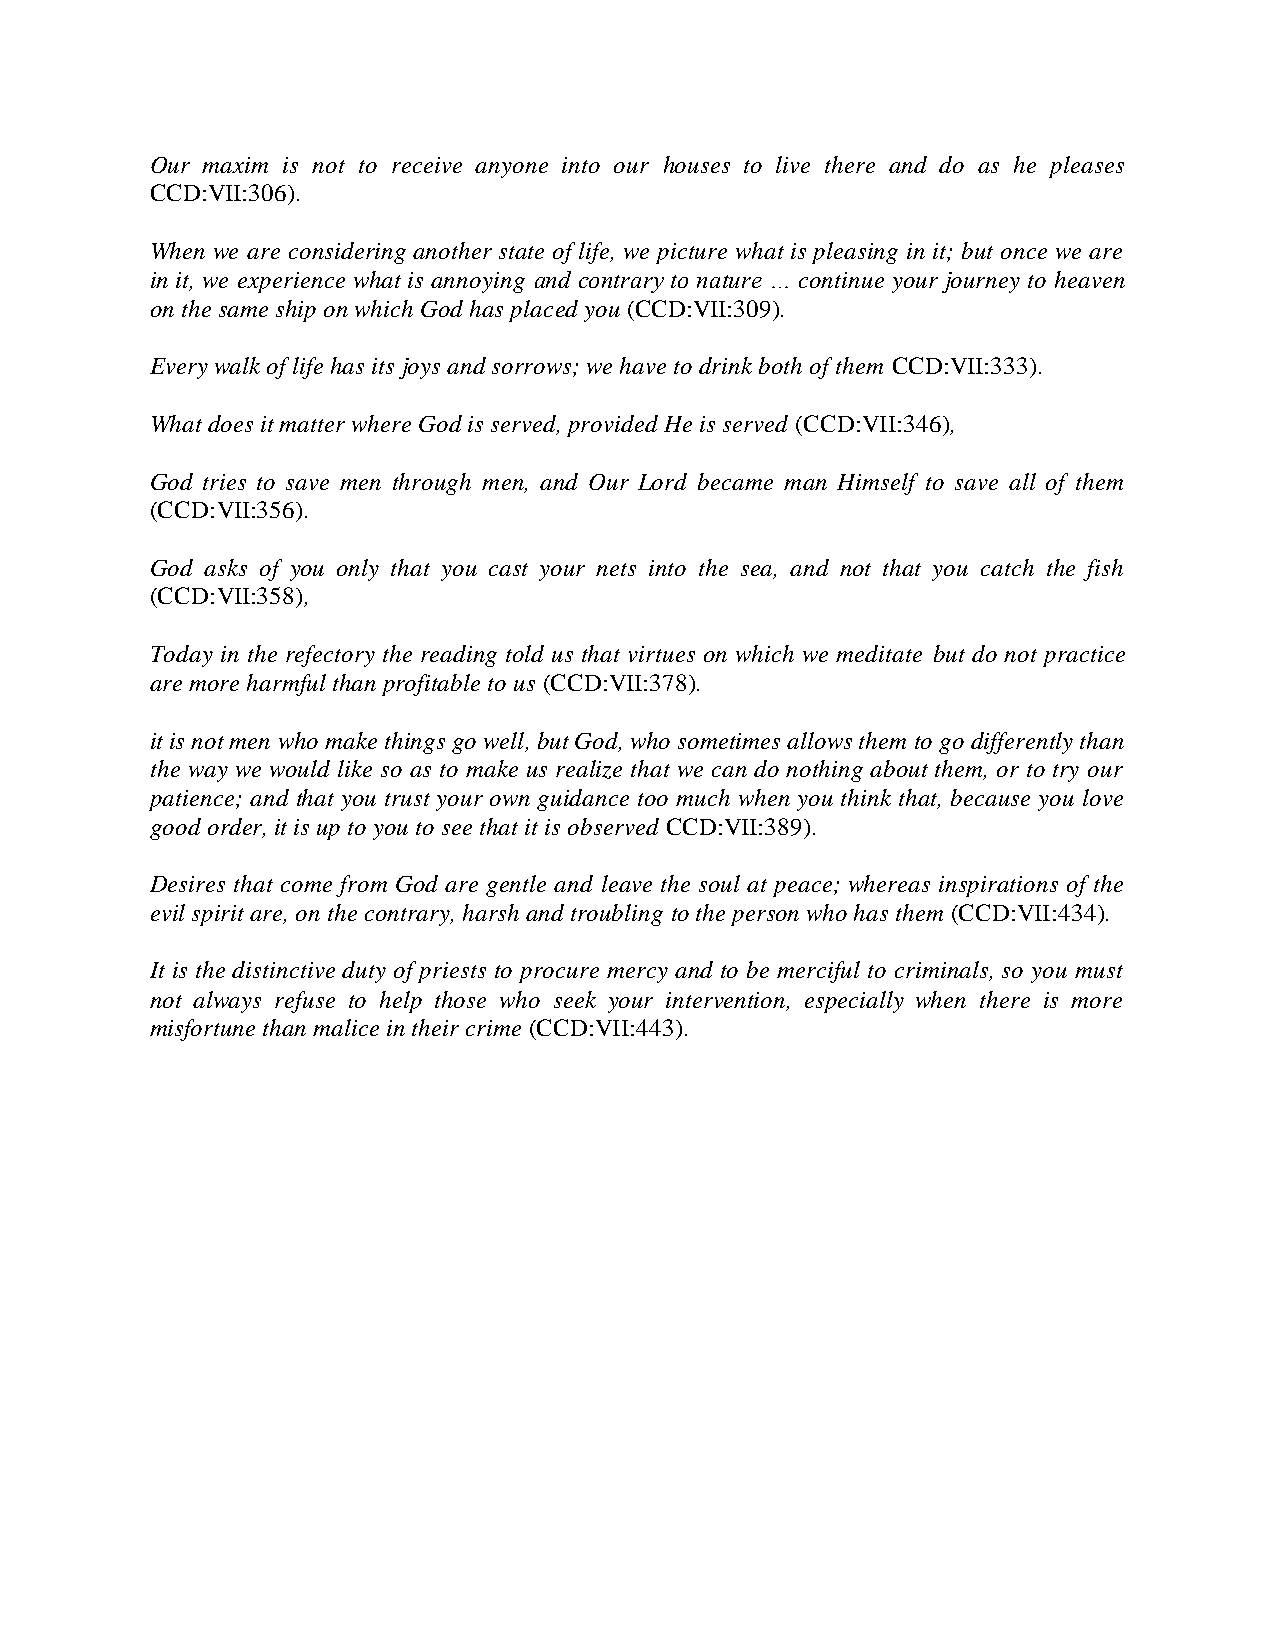
Our maxim is not to receive anyone into our houses to live there and do as he pleases
 CCD:VII:306).
 When we are considering another state of life, we picture what is pleasing in it; but once we are
 in it, we experience what is annoying and contrary to nature … continue your journey to heaven
 on the same ship on which God has placed you (CCD:VII:309).
 Every walk of life has its joys and sorrows; we have to drink both of them CCD:VII:333).
 What does it matter where God is served, provided He is served (CCD:VII:346),
 God tries to save men through men, and Our Lord became man Himself to save all of them
 (CCD:VII:356).
 God asks of you only that you cast your nets into the sea, and not that you catch the fish
 (CCD:VII:358),
 Today in the refectory the reading told us that virtues on which we meditate but do not practice
 are more harmful than profitable to us (CCD:VII:378).
 it is not men who make things go well, but God, who sometimes allows them to go differently than
 the way we would like so as to make us realize that we can do nothing about them, or to try our
 patience; and that you trust your own guidance too much when you think that, because you love
 good order, it is up to you to see that it is observed CCD:VII:389).
 Desires that come from God are gentle and leave the soul at peace; whereas inspirations of the
 evil spirit are, on the contrary, harsh and troubling to the person who has them (CCD:VII:434).
 It is the distinctive duty of priests to procure mercy and to be merciful to criminals, so you must
 not always refuse to help those who seek your intervention, especially when there is more
 misfortune than malice in their crime (CCD:VII:443).